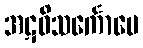
အဋဝိသင်္ကောပေ